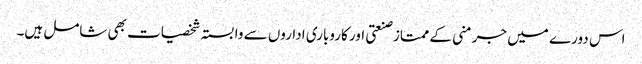
اس دورے میں جرمنی کے ممتاز صنعتی اور کاروباری اداروں سے وابستہ شخصیات بھی شامل ہیں۔